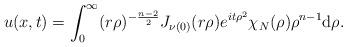
LaTeX: \begin{align*} &u(x,t)=\int_0^\infty(r\rho)^{-\frac{n-2}2}J_{\nu(0)}(r\rho)e^{it\rho^2}\chi_{N}(\rho)\rho^{n-1}\mathrm{d}\rho.\end{align*}